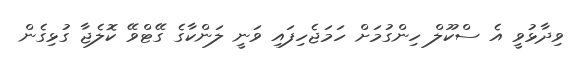
ވިދާޅުވީ އެ ސްކޫލް ހިންގުމަށް ހަމަޖެހިފައި ވަނީ ލަންކާގެ ގޭޓްވޭ ކޮލެޖާ ގުޅިގެން